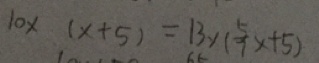
1 0 \times ( x + 5 ) = 1 3 \times ( \frac { 5 } { 7 } x + 5 )